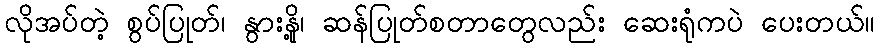
လိုအပ်တဲ့ စွပ်ပြုတ်၊ နွားနို့၊ ဆန်ပြုတ်စတာတွေလည်း ဆေးရုံကပဲ ပေးတယ်။